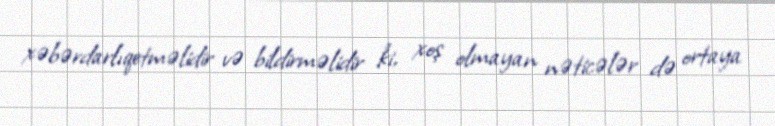
xəbərdarlıqetməlidir və bildirməlidir ki, xoş olmayan nəticələr də ortaya